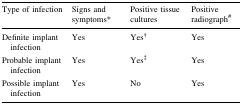
| Type of infection | Signs and symptoms* | Positive tissue cultures | Positive radiograph# |
 | --- | --- | --- | --- |
 | Definite implant infection | Yes | Yes† | Yes |
 | Probable implant infection | Yes | Yes‡ | Yes |
 | Possible implant infection | Yes | No | Yes |